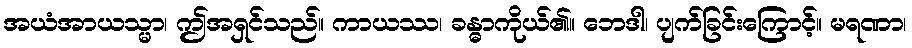
အယံအာယသ္မာ၊ ဤအရှင်သည်။ ကာယဿ၊ ခန္ဓာကိုယ်၏။ ဘေဒါ၊ ပျက်ခြင်းကြောင့်။ မရဏာ၊